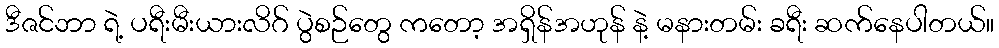
ဒီဇင်ဘာ ရဲ့ ပရီးမီးယားလိဂ် ပွဲစဉ်တွေ ကတော့ အရှိန်အဟုန် နဲ့ မနားတမ်း ခရီး ဆက်နေပါတယ်။